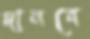
দানবে